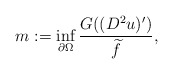
\begin{align*}m := \inf_{\partial \Omega} \frac{G ((D^2 u)')}{\widetilde{f}},\end{align*}